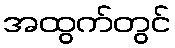
အထွက်တွင်